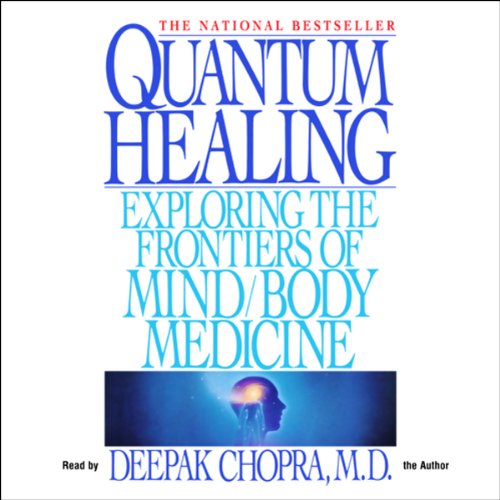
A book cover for Quantum Healing; Deepak Chopra; Health, Fitness & Dieting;